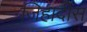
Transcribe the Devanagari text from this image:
जिहादीस